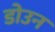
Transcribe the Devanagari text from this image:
डोउन